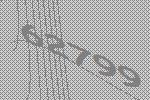
62799